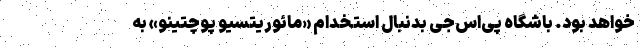
خواهد بود. باشگاه پی‌اس‌جی بدنبال استخدام «مائوریتسیو پوچتینو» به